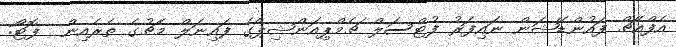
އެފްއެޗް ފައުންޑޭޝަން ނައިފަރު ފުޓްސަލް ޗެމްޕިއަންޝިޕްގެ ފައިނަލް މެޗުގެ ތެރެއިން  ފޮޓޯ: